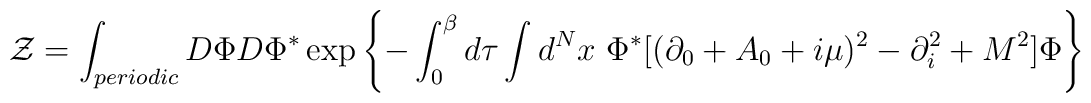
{\cal Z}=\int_{periodic} D\Phi D\Phi^\ast\exp\left\{-\int_0^\beta d\tau \int d^Nx\  \Phi^\ast[(\partial_0 +A_0 +i\mu)^2 -\partial_i^ 2 + M^2] \Phi\right\}